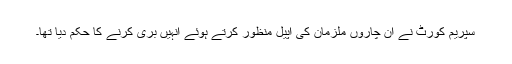
سپریم کورٹ نے ان چاروں ملزمان کی اپیل منظور کرتے ہوئے انہیں بری کرنے کا حکم دیا تھا۔